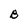
Character: B